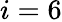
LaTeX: i=6